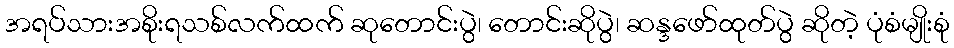
အရပ်သားအစိုးရသစ်လက်ထက် ဆုတောင်းပွဲ၊ တောင်းဆိုပွဲ၊ ဆန္ဒဖော်ထုတ်ပွဲ ဆိုတဲ့ ပုံစံမျိုးစုံ